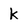
Character: k